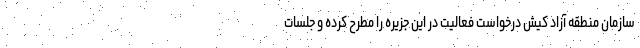
سازمان منطقه آزاد کیش درخواست فعالیت در این جزیره را مطرح کرده و جلسات